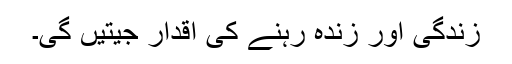
زندگی اور زندہ رہنے کی اقدار جیتیں گی۔